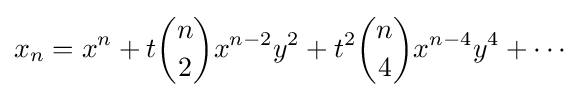
x_{n}=x^{n}+t{n \choose 2}x^{n-2}y^{2}+t^{2}{n \choose 4}x^{n-4}y^{4}+\cdots